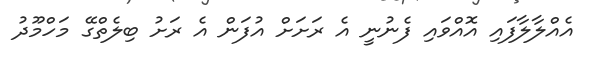
އެއްލާލާފައި އޮއްވައި ފެނުނީ އެ ރަށަށް އުފަން އެ ރަށު ބިލެތްގޭ މަހްމޫދު